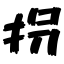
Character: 拐